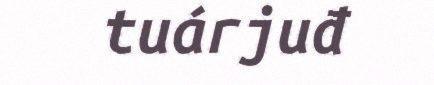
tuárjuđ